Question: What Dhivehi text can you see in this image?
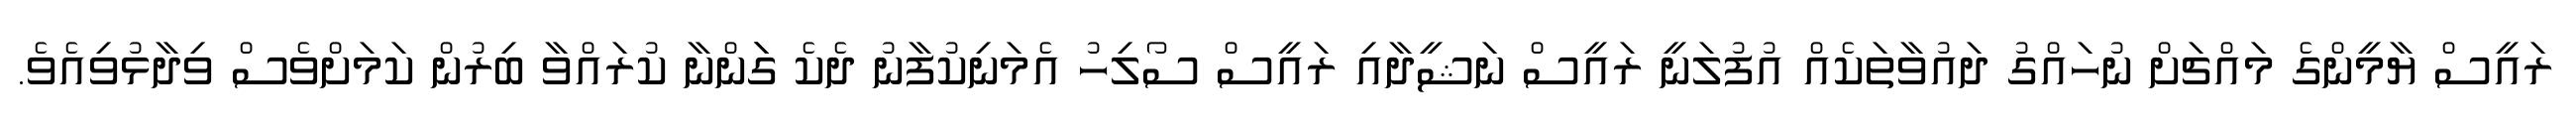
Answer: ރައީސް ޔާމީންގެ މައްޗަށް ނުހައްގު ދައުވާތަކެއް އުފުލަނީ ރައީސް ނަޝީދާއި ރައީސް ސޯލިހު އެމަނިކުފާނު ދެކެ ގަަންނާ ކުރައްވާ ބިރުން ކަމަށްވެސް ވިދާޅުވިއެވެ.